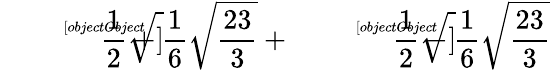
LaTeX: {\sqrt[[objectObject]]{{\frac{1}{2}}+{\frac{1}{6}}{\sqrt{\frac{23}{3}}}}}+{\sqrt[[objectObject]]{{\frac{1}{2}}-{\frac{1}{6}}{\sqrt{\frac{23}{3}}}}}